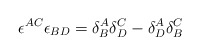
\begin{align*}\epsilon^{AC} \epsilon_{BD} = \delta^A_B \delta^C_D- \delta^A_D\delta^C_B\end{align*}